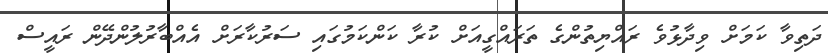
ދަތިވާ ކަމަށް ވިދާޅުވެ ރައްޔިތުންގެ ތަރައްގީއަށް ކުރާ ކަންކަމުގައި ސަރުކާރަށް އެއްބާރުލުންދޭން ރައީސް